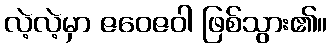
လဲ့လဲ့မှာ ဇဝေဇဝါ ဖြစ်သွား၏။